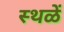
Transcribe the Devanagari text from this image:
स्थळें